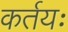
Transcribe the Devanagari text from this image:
कर्तयः